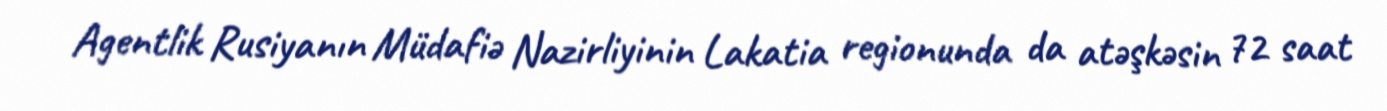
Agentlik Rusiyanın Müdafiə Nazirliyinin Lakatia regionunda da atəşkəsin 72 saat